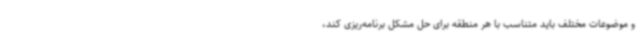
و موضوعات مختلف باید متناسب با هر منطقه برای حل مشکل برنامه‌ریزی کند،